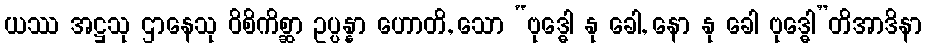
ယဿ အဋ္ဌသု ဌာနေသု ဝိစိကိစ္ဆာ ဥပ္ပန္နာ ဟောတိ, သော “ဗုဒ္ဓေါ နု ခေါ, နော နု ခေါ ဗုဒ္ဓေါ”တိအာဒိနာ